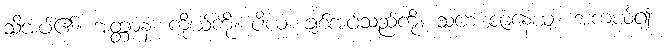
သိအပ်၏။ အတ္တာနံ၊ ကိုယ်ကို။ ပိယံ၊ ချစ်အပ်သည်ကို။ သစေ ဇာနေယျ၊ အကယ်၍